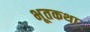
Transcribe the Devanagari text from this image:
भूतकथा